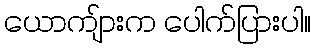
ယောကျ်ားက ပေါက်ပြားပါ။